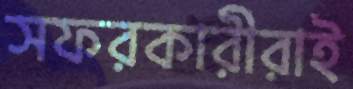
সফরকারীরাই